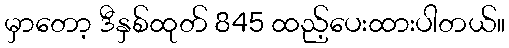
မှာတော့ ဒီနှစ်ထုတ် 845 ထည့်ပေးထားပါတယ်။